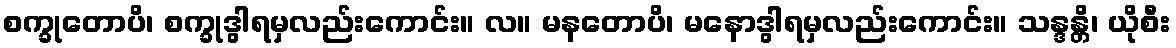
စက္ခုတောပိ၊ စက္ခုဒွါရမှလည်းကောင်း။ လ။ မနတောပိ၊ မနောဒွါရမှလည်းကောင်း။ သန္ဒန္တိ၊ ယိုစီး